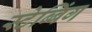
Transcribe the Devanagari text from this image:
स्टेब्बिंग